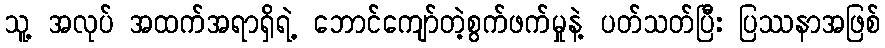
သူ့ အလုပ် အထက်အရာရှိရဲ့ ဘောင်ကျော်တဲ့စွက်ဖက်မှုနဲ့ ပတ်သတ်ပြီး ပြဿနာအဖြစ်